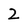
Character: 2